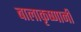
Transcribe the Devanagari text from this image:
बालाकृष्णानी